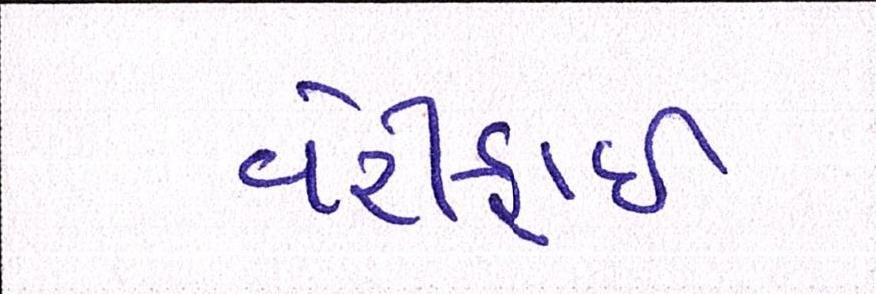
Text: વેરીફાઈ